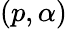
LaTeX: (p,\alpha)